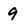
Character: 9